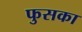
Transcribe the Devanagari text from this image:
फुसका